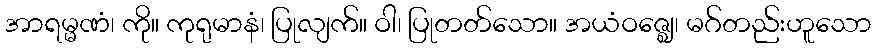
အာရမ္မဏံ၊ ကို။ ကုရုမာနံ၊ ပြုလျက်။ ဝါ၊ ပြုတတ်သော။ အယံဝဇ္ဈေ၊ မဂ်တည်းဟူသော